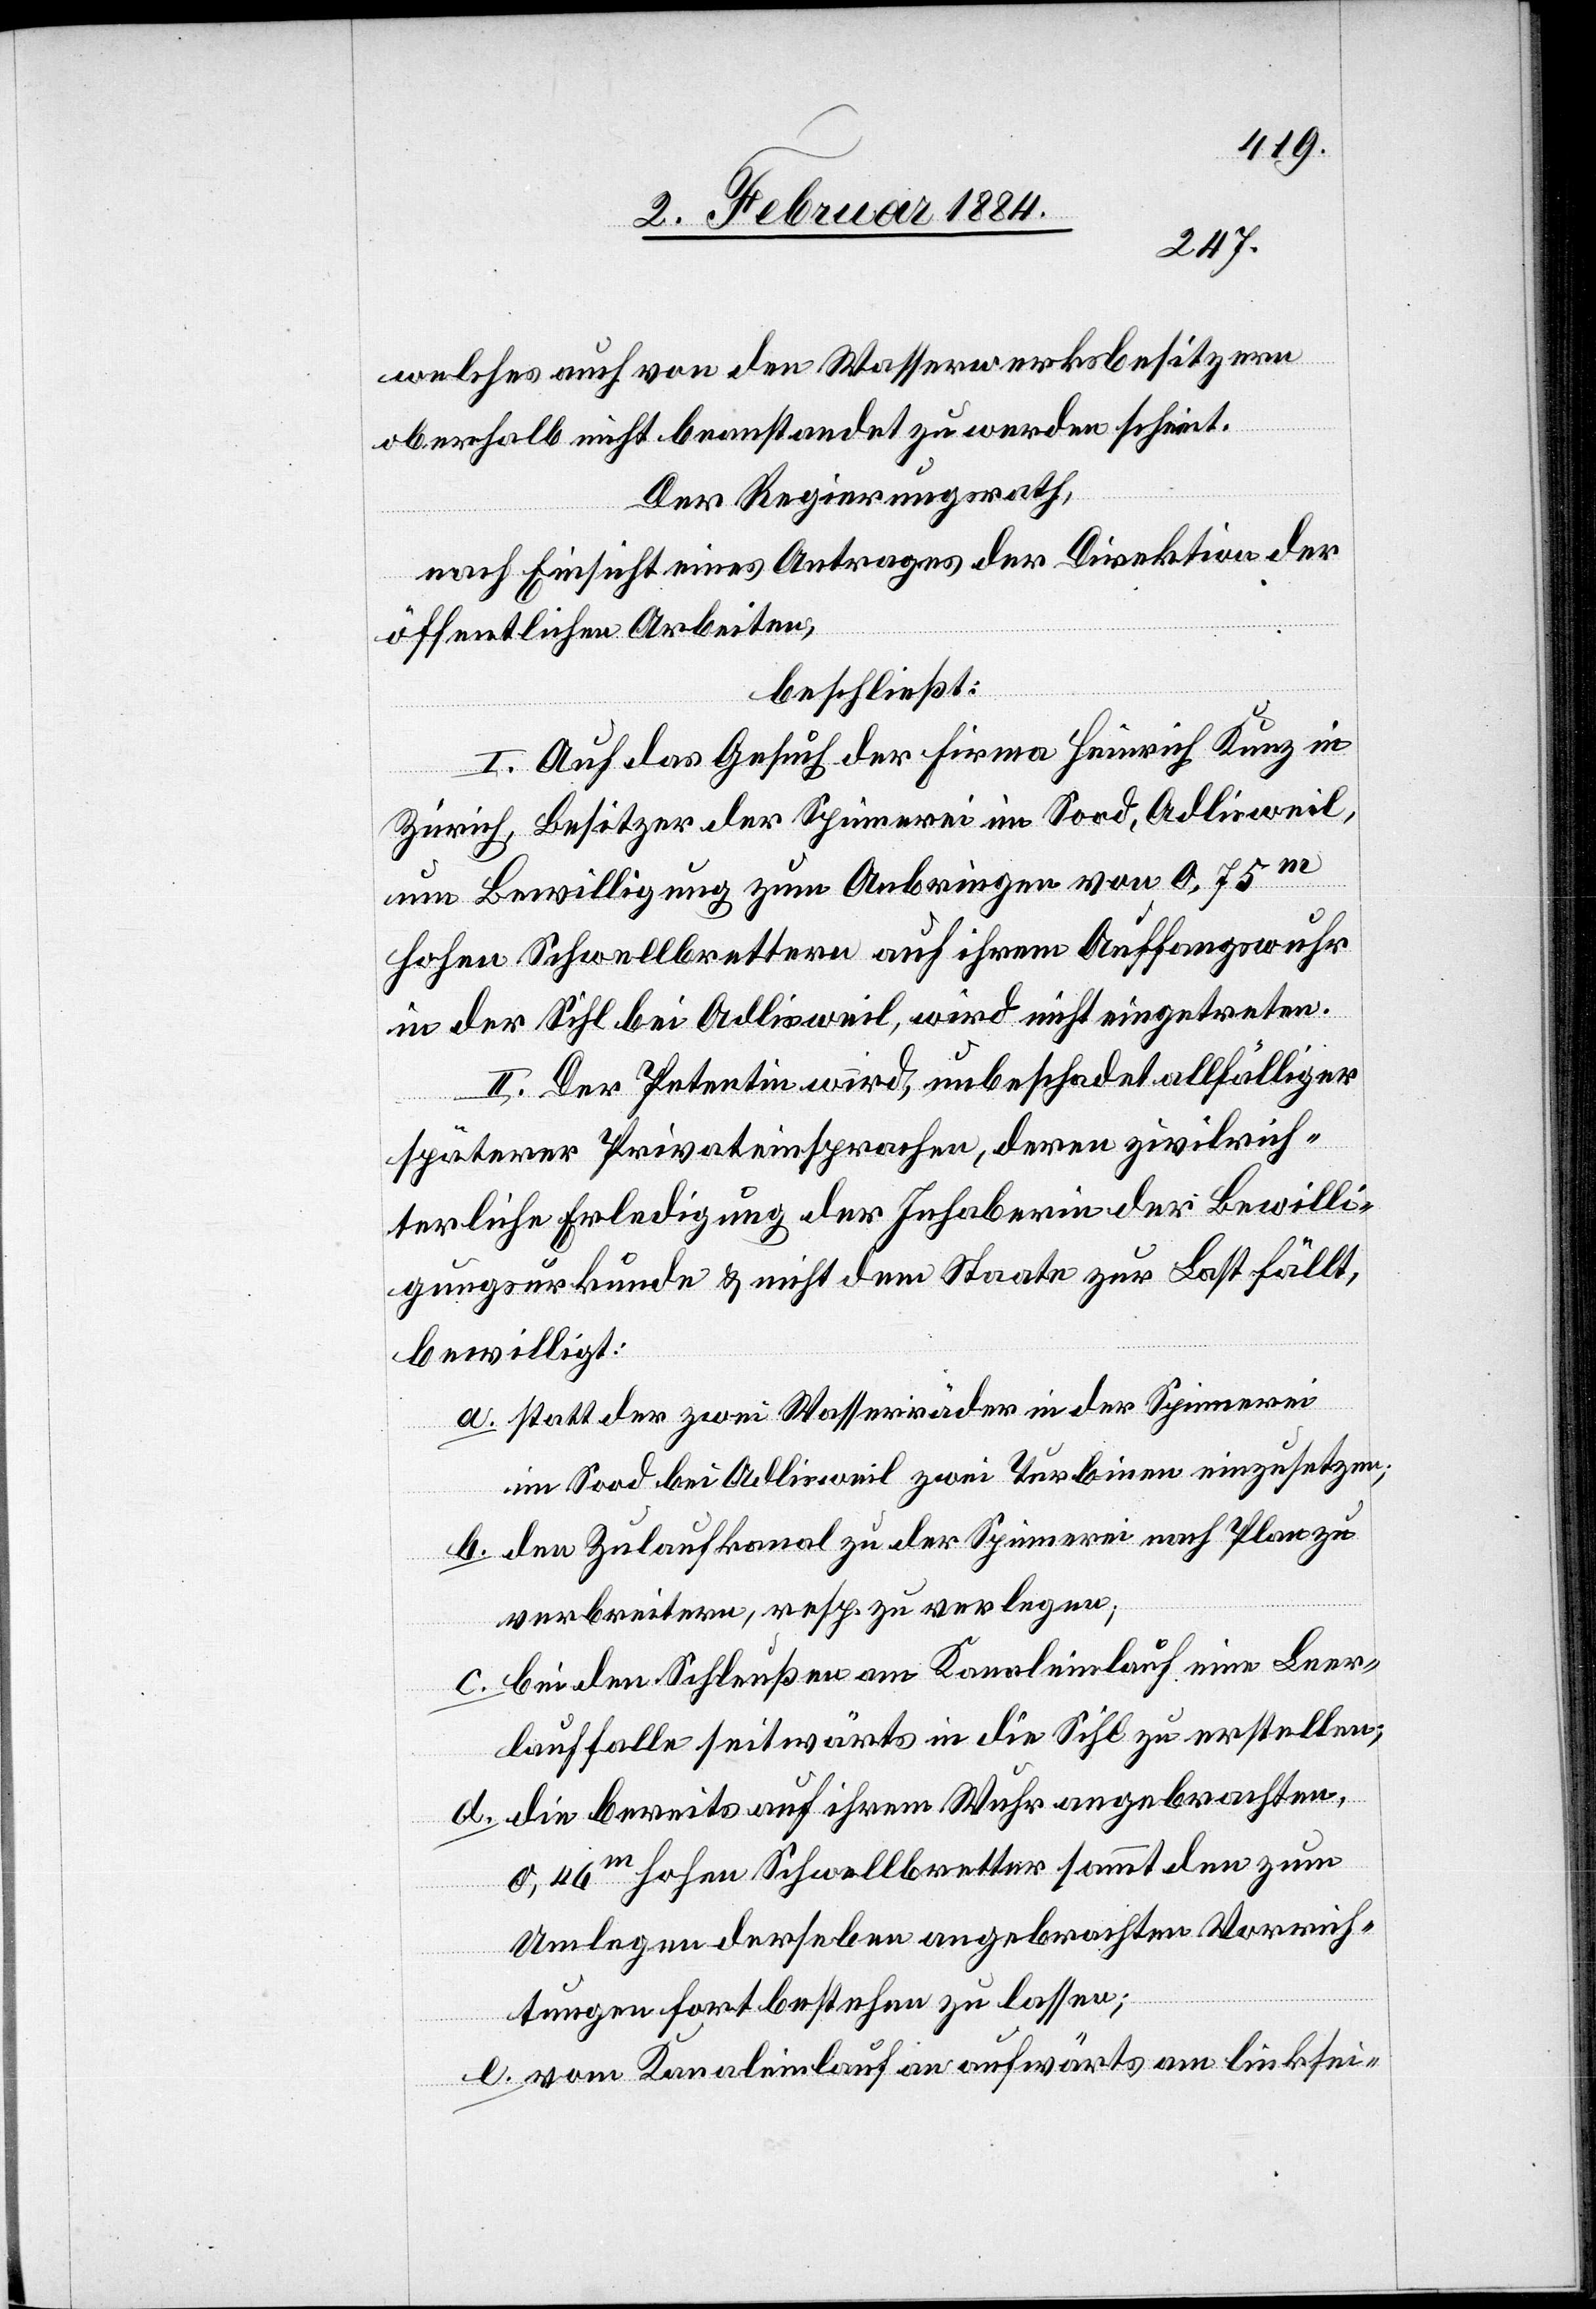
welches auch von den Wasserwerksbesitzern
oberhalb nicht beanstandet zu werden scheint.
Der Regierungsrath,
nach Einsicht eines Antrages der Direktion der
öffentlichen Arbeiten,
beschließt:
I. Auf das Gesuch der Firma Heinrich Kunz in
Zürich, Besitzer der Spinnerei im Sood, Adlisweil,
um Bewilligung zum Anbringen von 0,75m
hohen Schwellbrettern auf ihrem Auffangswuhr
in der Sihl bei Adlisweil, wird nicht eingetreten.
II. Der Petentin wird, unbeschadet allfälliger
späterer Privateinsprachen, deren zivilrich¬
terliche Erledigung der Inhaberin der Bewilli¬
gungsurkunde & nicht dem Staate zur Last fällt,
bewilligt:
a. statt der zwei Wasserräder in der Spinnerei
im Sood bei Adlisweil zwei Turbinen einzusetzen;
b. den Zulaufkanal zu der Spinnerei nach Plan zu
verbreitern, resp. zu verlegen;
c. bei den Schleußen am Kanaleinlauf eine Leer¬
lauffalle seitwärts an die Sihl zu erstellen;
d. die bereits auf ihrem Wuhr angebrachten,
0,46m hohen Schwellbretter sammt den zum
Umlegen derselben angebrachten Vorrich¬
tungen fortbestehen zu lassen;
e. vom Kanaleinlauf an aufwärts am linkssei-